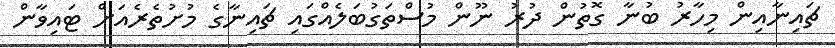
ޗައިނާއިން މިހާރު ބުނާ ގޮތުން ދުރު ނޫން މުސްތަގުބަލެއްގައި ޗައިނާގެ މުށުތެރެއަށް ޓައިވާން